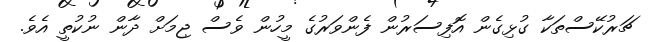
ޗަރުކޭސްތަކާ ގުޅިގެން އޮފިސަރުން ފެންވަރުގެ މީހުން ވެސް ޖިމަށް ދާން ނުކުތީ އެވެ.